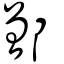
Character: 鄫